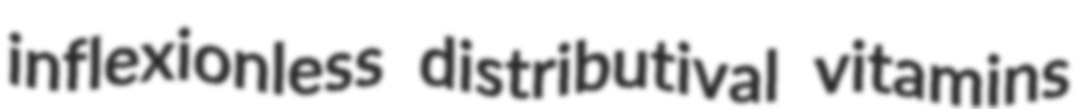
inflexionless distributival vitamins